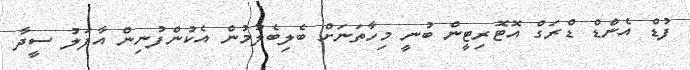
ފުޑް އެންޑް ޑްރަގް އޮޓޮރިޓީން ބުނީ މިހާތަނަށް ބެލިބެލުމުން އެކުންފުނިން އާފަލު ސީދާ